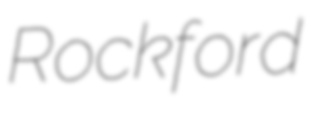
Rockford